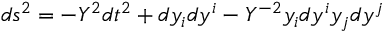
d s ^ { 2 } = - Y ^ { 2 } d t ^ { 2 } + d y _ { i } d y ^ { i } - Y ^ { - 2 } y _ { i } d y ^ { i } y _ { j } d y ^ { j }